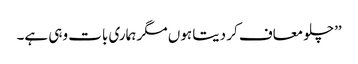
’’چلو معاف کر دیتا ہوں مگر ہماری بات وہی ہے۔